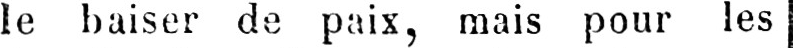
le baiser de paix, mais pour les